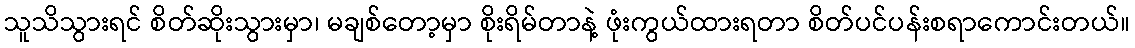
သူသိသွားရင် စိတ်ဆိုးသွားမှာ၊ မချစ်တော့မှာ စိုးရိမ်တာနဲ့ ဖုံးကွယ်ထားရတာ စိတ်ပင်ပန်းစရာကောင်းတယ်။